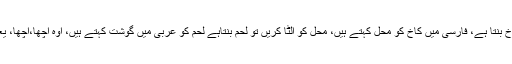
پروفیسر صاحب بولے، خاک کو الٹا کریں تو کاخ بنتا ہے، فارسی میں کاخ کو محل کہتے ہیں، محل کو الٹا کریں تو لحم بنتاہے لحم کو عربی میں گوشت کہتے ہیں، اوہ اچھا،اچھا، یعنی ہماری بیگم صاحبہ نے آج گوشت پکایا ہے۔